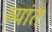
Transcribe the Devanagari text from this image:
व्यांत